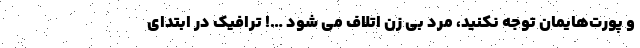
و پورت‌هایمان توجه نکنید، مرد بی زن اتلاف می شود …! ترافیک در ابتدای